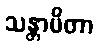
သန္တာပိတာ